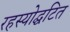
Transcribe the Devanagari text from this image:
रहस्योद्घटित